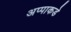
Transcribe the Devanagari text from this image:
अप्पाकडे